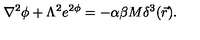
\nabla ^ { 2 } \phi + \Lambda ^ { 2 } e ^ { 2 \phi } = - \alpha \beta M \delta ^ { 3 } ( \vec { r } ) .